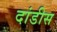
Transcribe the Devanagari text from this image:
दांडीस